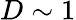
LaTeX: D\sim 1